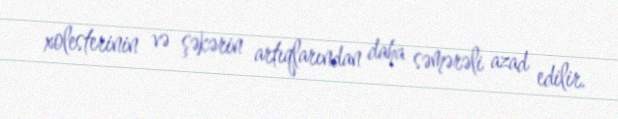
xolesterinin və şəkərin artıqlarından daha səmərəli azad edilir.